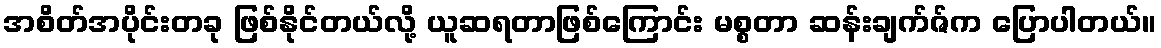
အစိတ်အပိုင်းတခု ဖြစ်နိုင်တယ်လို့ ယူဆရတာဖြစ်ကြောင်း မစ္စတာ ဆန်းချက်ဇ်က ပြောပါတယ်။